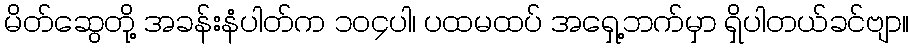
မိတ်ဆွေတို့ အခန်းနံပါတ်က ၁၀၄ပါ၊ ပထမထပ် အရှေ့ဘက်မှာ ရှိပါတယ်ခင်ဗျာ။